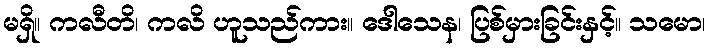
မရှိ။ ကလီတိ၊ ကလိ ဟူသည်ကား။ ဒေါသေန၊ ပြစ်မှားခြင်းနှင့်။ သမော၊